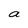
Character: a